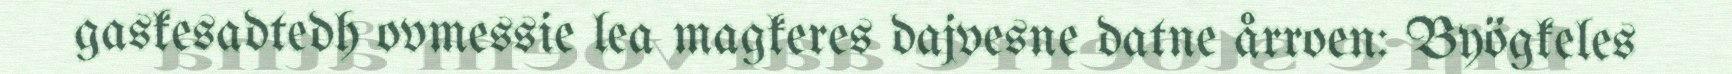
gaskesadtedh ovmessie lea magkeres dajvesne datne årroen: Byögkeles